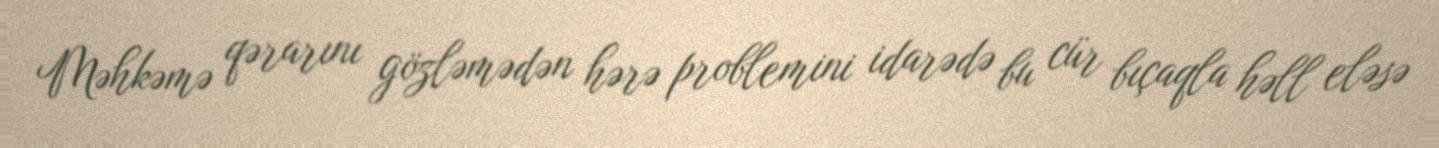
Məhkəmə qərarını gözləmədən hərə problemini idarədə bu cür bıçaqla həll eləsə